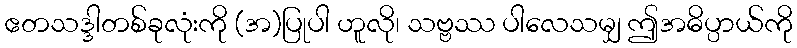
ဧတသဒ္ဒါတစ်ခုလုံးကို (အ)ပြုပါ ဟူလို၊ သဗ္ဗဿ ပါလေသမျှ ဤအဓိပ္ပာယ်ကို